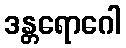
ဒန္တရောဂေါ